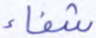
شفاء